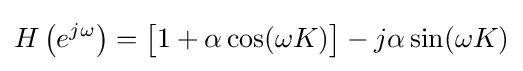
H\left(e^{j\omega }\right)={\bigl [}1+\alpha \cos(\omega K){\bigr ]}-j\alpha \sin(\omega K)